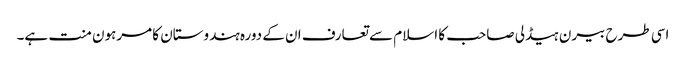
اسی طرح بیرن ہیڈلی صاحب کا اسلام سے تعارف ان کے دورہ ہندوستان کا مرہون منت ہے۔